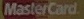
MasterCard